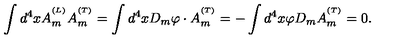
\int d ^ { 4 } x A _ { m } ^ { ^ { ( L ) } } A _ { m } ^ { ^ { ( T ) } } = \int d ^ { 4 } x D _ { m } \varphi \cdot A _ { m } ^ { ^ { ( T ) } } = - \int d ^ { 4 } x \varphi D _ { m } A _ { m } ^ { ^ { ( T ) } } = 0 .